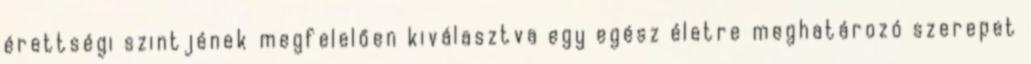
érettségi szintjének megfelelően kiválasztva egy egész életre meghatározó szerepet